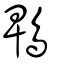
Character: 鵯